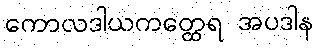
ကောလဒါယကတ္ထေရ အပဒါန